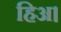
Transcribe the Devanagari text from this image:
हिअ।